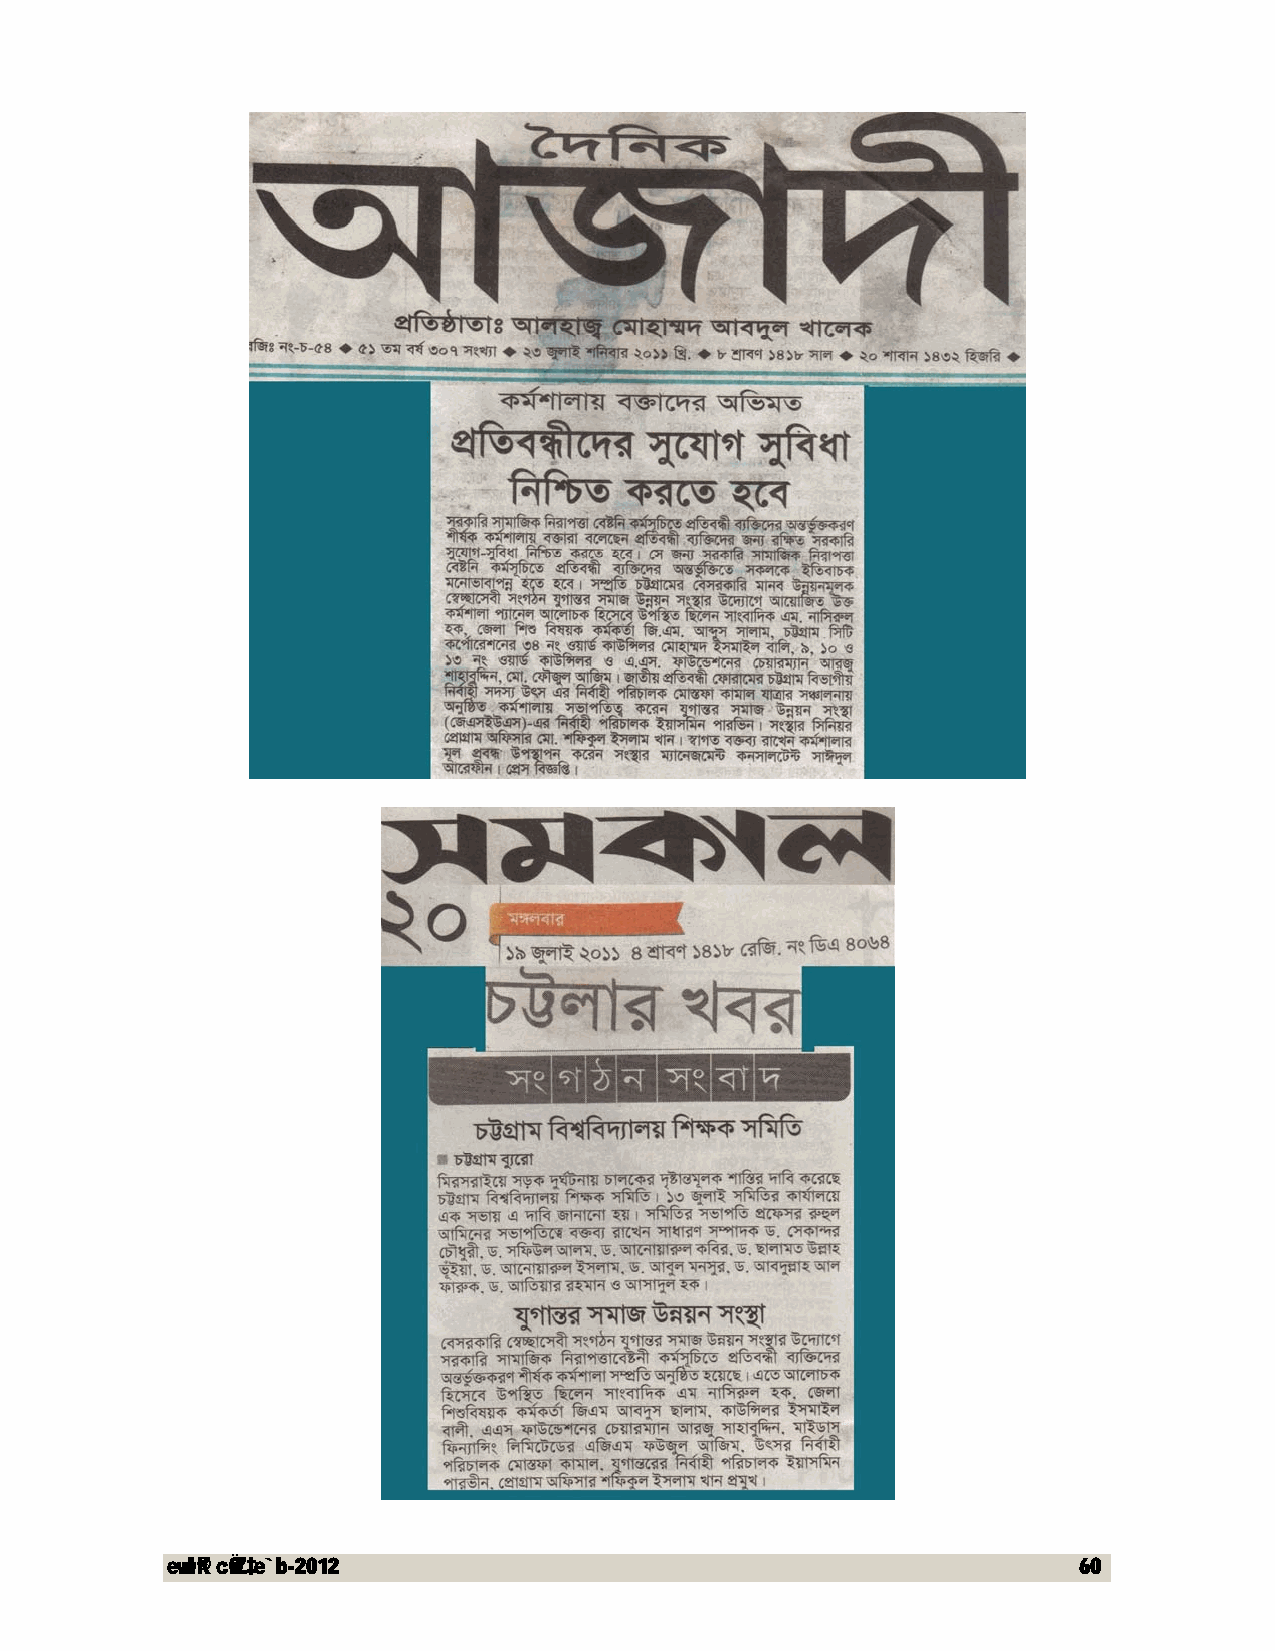
evwl©K cÖwZ‡e`b-2012                                        60